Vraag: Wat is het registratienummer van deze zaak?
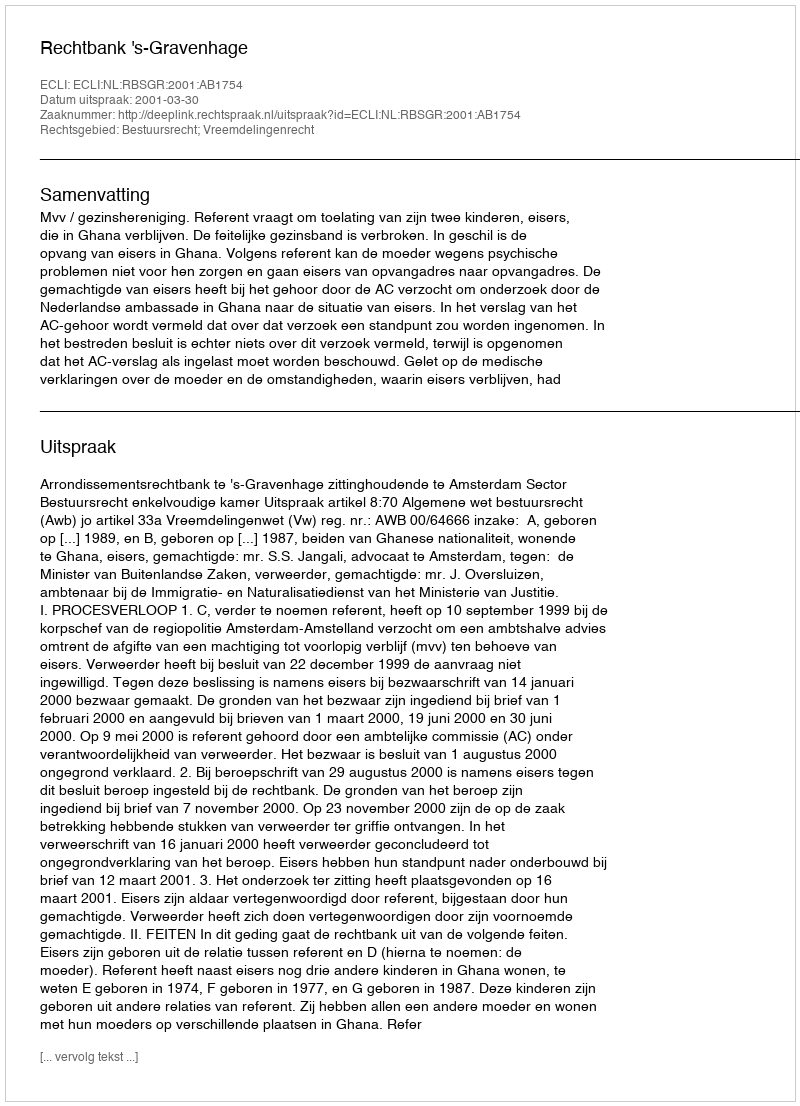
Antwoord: http://deeplink.rechtspraak.nl/uitspraak?id=ECLI:NL:RBSGR:2001:AB1754